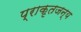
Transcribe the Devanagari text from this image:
प्राकृतजन्य